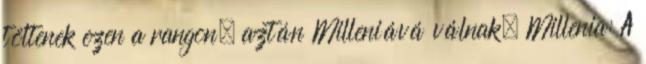
töltenek ezen a rangon, aztán Milleniává válnak. Millenia: A